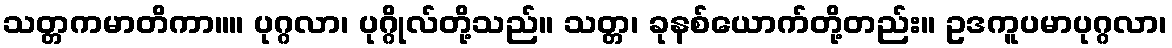
သတ္တကမာတိကာ။။ ပုဂ္ဂလာ၊ ပုဂ္ဂိုလ်တို့သည်။ သတ္တ၊ ခုနစ်ယောက်တို့တည်း။ ဥဒကူပမာပုဂ္ဂလာ၊